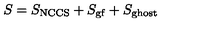
S = S _ { \mathrm { N C C S } } + S _ { \mathrm { g f } } + S _ { \mathrm { g h o s t } }